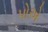
પોએ